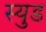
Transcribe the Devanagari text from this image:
स्युड